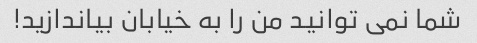
شما نمی توانید من را به خیابان بیاندازید!